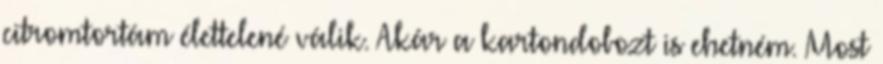
citromtortám élettelené válik. Akár a kartondobozt is ehetném. Most